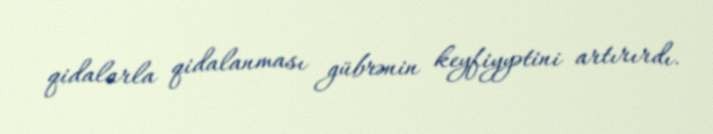
qidalarla qidalanması gübrənin keyfiyyətini artırırdı.